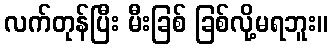
လက်တုန်ပြီး မီးခြစ် ခြစ်လို့မရဘူး။